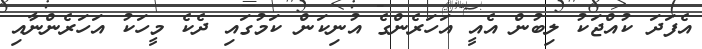
އެފަދަ ކުއްޖަކު ލިބުން އެއީ އަހަރެންގެ އުނިކަން ކަމުގައި ދެކެ މީހަކު އަހަރެންނާއި